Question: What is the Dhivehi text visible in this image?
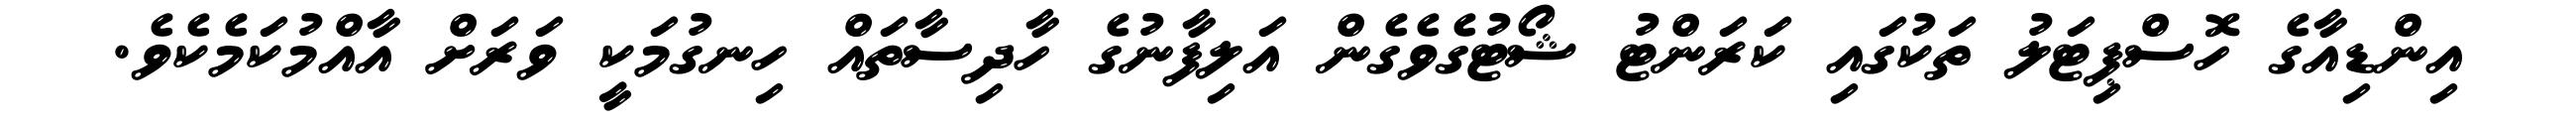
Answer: އިންޑިއާގެ ހޮސްޕިޓަލު ތަކުގައި ކަރަންޓު ޝޯޓުގެވެގެން އަލިފާނުގެ ހާދިސާތައް ހިނގުމަކީ ވަރަށް އާއްމުކަމެކެވެ.